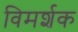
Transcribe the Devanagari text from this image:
विमर्शक